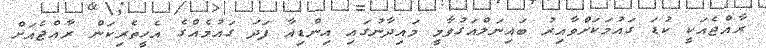
ރާއްޖެއަކީ ކުޑަ ގައުމަކަށްވާއިރު ބައިނަލްއަގުވާމީ މައިދާނުގައި އިންޑިއާ ފަދަ ގައުމެއްގެ އެހީތެރިކަން ރާއްޖެއަށް